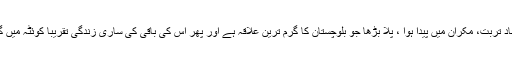
عطا شاد تربت، مکران میں پیدا ہوا ، پلا بڑھا جو بلوچستان کا گرم ترین علاقہ ہے اور پھر اس کی باقی کی ساری زندگی تقریباً کوئٹہ میں گزری۔